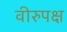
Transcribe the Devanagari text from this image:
वीरुपक्ष